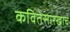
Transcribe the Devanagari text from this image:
कवितेसारखाच